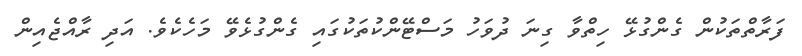
ފަރާތްތަކުން ގެންގުޅޭ ހިތްވާ ގިނަ ދުވަހު މަސްޓޭންކުތަކުގައި ގެންގުޅެވޭ މަހެކެވެ. އަދި ރާއްޖެއިން